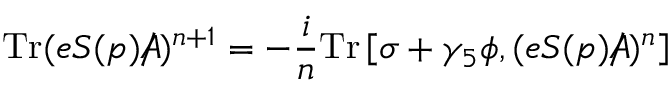
\mathrm { T r } ( e S ( p ) A \! \! \! \! \slash ) ^ { n + 1 } = - { \frac { i } { n } } \mathrm { T r } \left[ \sigma + \gamma _ { 5 } \phi , ( e S ( p ) A \! \! \! \! \slash ) ^ { n } \right]